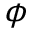
\phi